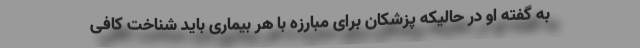
به گفته او در حالیکه پزشکان برای مبارزه با هر بیماری باید شناخت کافی